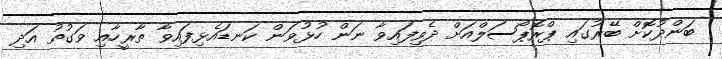
ބަންދުކޮށް ބޭރުގައި ޕްރޮޕޯސަލްއަށް ދެވިފައިވާ ނަން ހުޅުވަން ކަނޑައެޅިފައިވާ ތާރީހާއި ވަގުތު އަދި